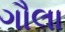
ગૌલા